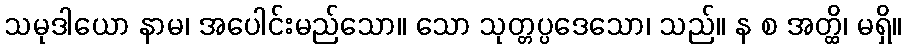
သမုဒါယော နာမ၊ အပေါင်းမည်သော။ သော သုတ္တပ္ပဒေသော၊ သည်။ န စ အတ္ထိ၊ မရှိ။